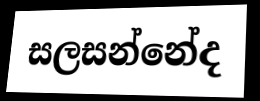
සලසන්නේද